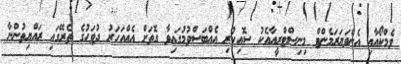
ވެމްކޯއާއި އެންވަޔަރަމެންޓް މިނިސްޓްރީއާއެކު ސޮއިކުރި އެއްބަސްވުމުގައިވާ ގޮތަށް އެއްއަހަރު ދުވަހުގެ ތެރޭގައި ރައްޔިތުންނާ